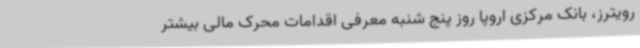
رویترز، بانک مرکزی اروپا روز پنج شنبه معرفی اقدامات محرک مالی بیشتر